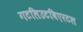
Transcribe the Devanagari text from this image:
गटलिउटविएरटल